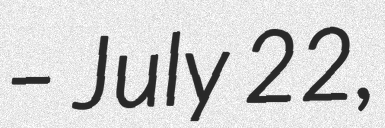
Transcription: – July 22,